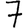
Digit: 7